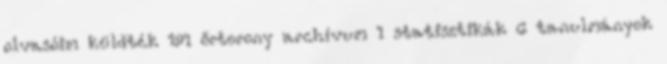
olvasóim küldték 191 őrtorony archívum 1 statisztikák 6 tanulmányok